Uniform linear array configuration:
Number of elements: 8
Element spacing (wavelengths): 0.75
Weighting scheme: blackman
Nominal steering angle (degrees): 15
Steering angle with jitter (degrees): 16.729
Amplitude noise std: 0.05
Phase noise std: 0.05

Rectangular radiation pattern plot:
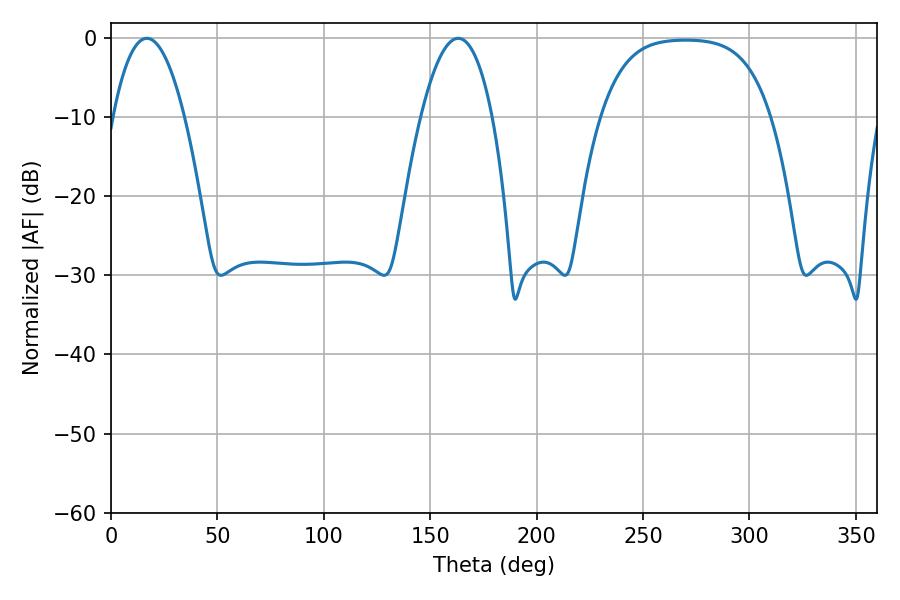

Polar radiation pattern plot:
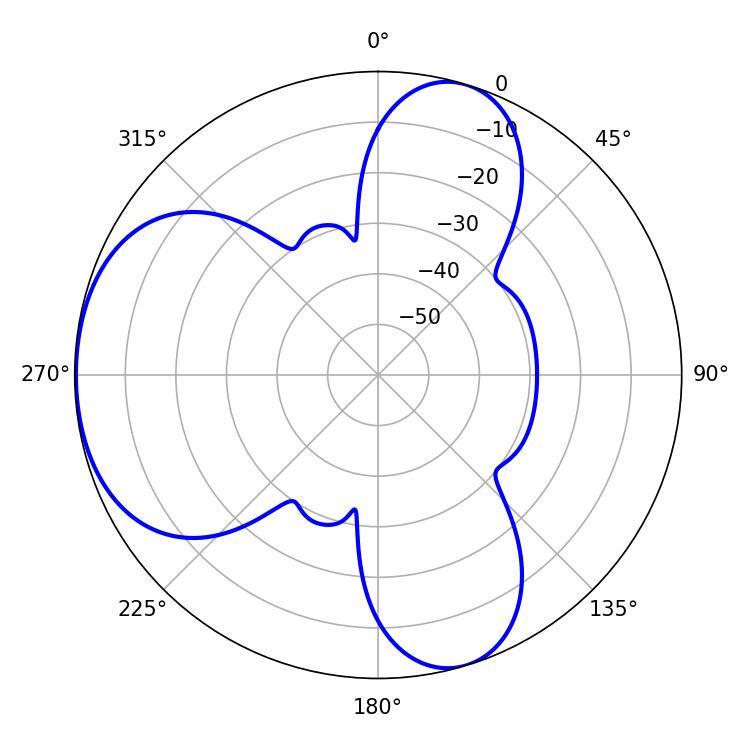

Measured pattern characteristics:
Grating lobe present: TRUE
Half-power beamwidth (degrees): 18.72
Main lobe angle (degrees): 16.92